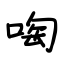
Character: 啕